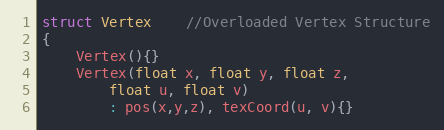
Language: C
struct Vertex	//Overloaded Vertex Structure
{
    Vertex(){}
    Vertex(float x, float y, float z,
        float u, float v)
        : pos(x,y,z), texCoord(u, v){}